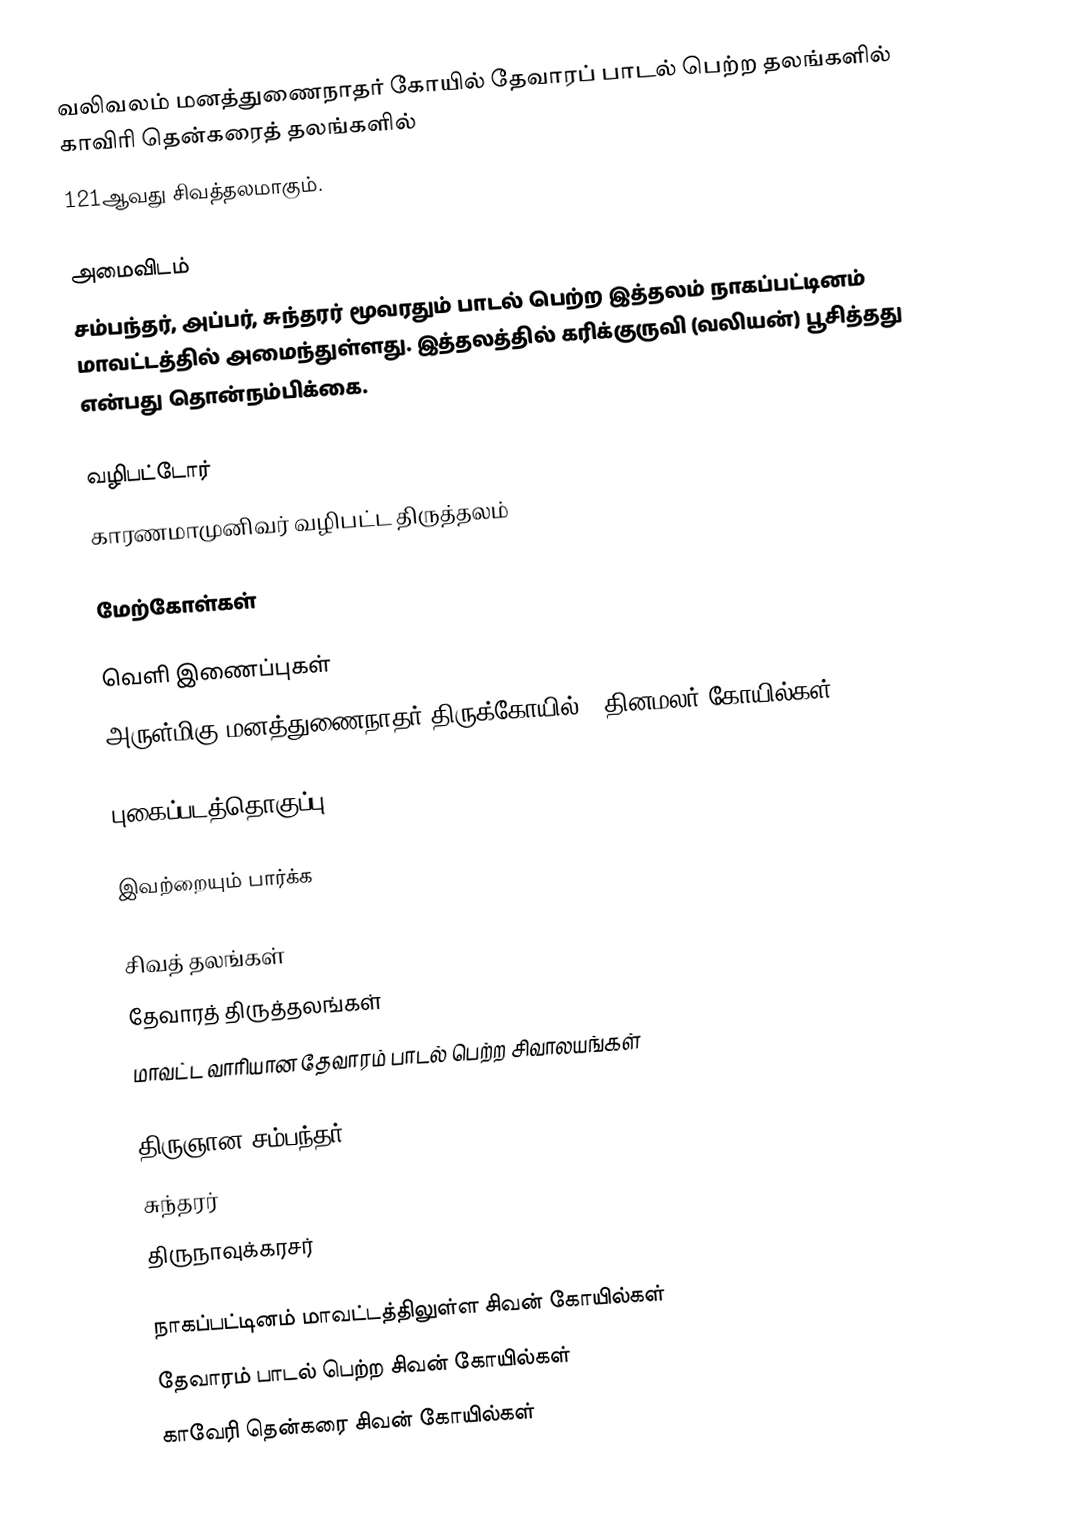
வலிவலம் மனத்துணைநாதர் கோயில் தேவாரப் பாடல் பெற்ற தலங்களில் காவிரி தென்கரைத் தலங்களில்
121ஆவது சிவத்தலமாகும்.

அமைவிடம்
சம்பந்தர், அப்பர், சுந்தரர் மூவரதும் பாடல் பெற்ற இத்தலம் நாகப்பட்டினம் மாவட்டத்தில் அமைந்துள்ளது. இத்தலத்தில் கரிக்குருவி (வலியன்) பூசித்தது என்பது தொன்நம்பிக்கை.

வழிபட்டோர்
காரணமாமுனிவர் வழிபட்ட திருத்தலம்

மேற்கோள்கள்

வெளி இணைப்புகள்
அருள்மிகு மனத்துணைநாதர் திருக்கோயில் - தினமலர் கோயில்கள்

புகைப்படத்தொகுப்பு

இவற்றையும் பார்க்க

 சிவத் தலங்கள்
 தேவாரத் திருத்தலங்கள்
 மாவட்ட வாரியான தேவாரம் பாடல் பெற்ற சிவாலயங்கள்

 திருஞான சம்பந்தர்
 சுந்தரர்
 திருநாவுக்கரசர்

நாகப்பட்டினம் மாவட்டத்திலுள்ள சிவன் கோயில்கள்
தேவாரம் பாடல் பெற்ற சிவன் கோயில்கள்
காவேரி தென்கரை சிவன் கோயில்கள்